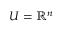
U = \mathbb { R } ^ { n }